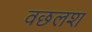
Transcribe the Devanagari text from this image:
वछलश